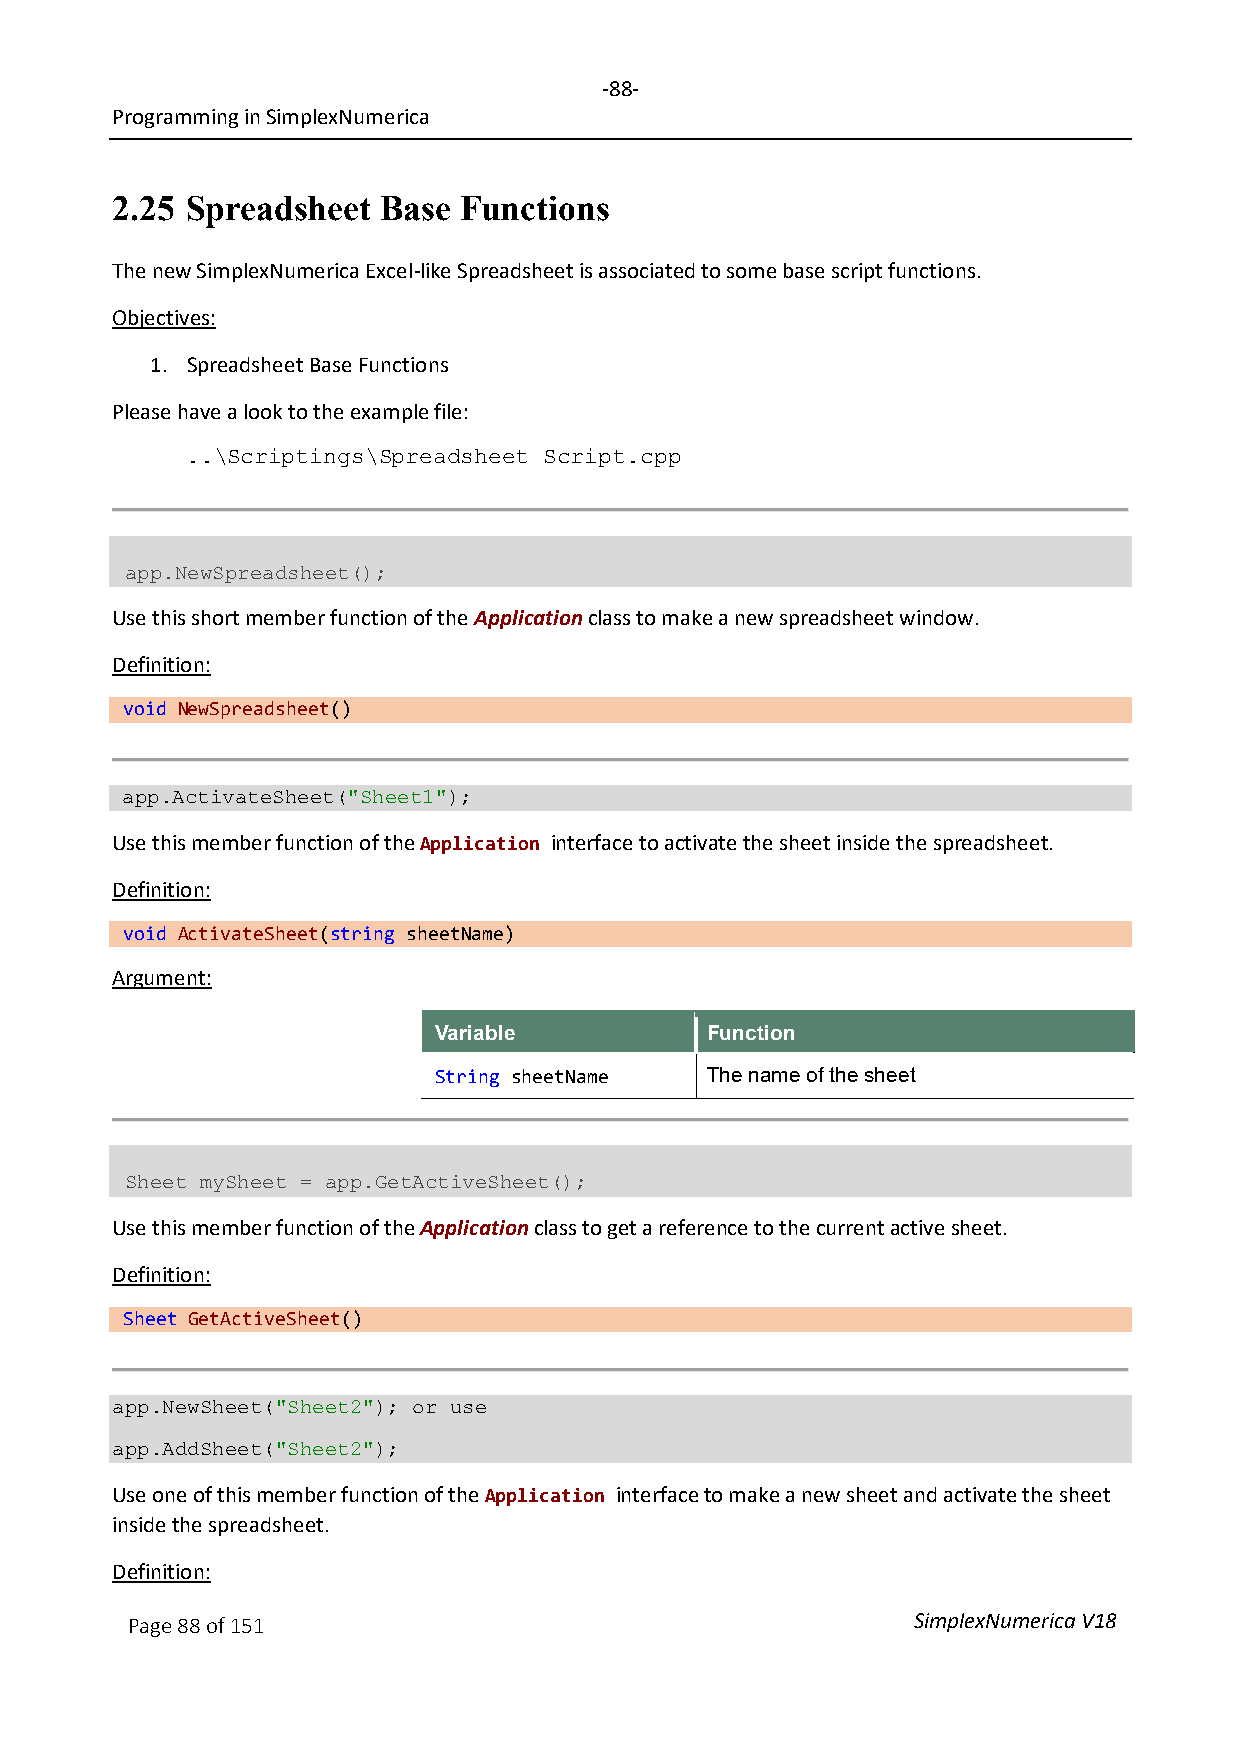
-88-
 Programming in SimplexNumerica
 2.25 Spreadsheet  Base Functions
 The new SimplexNumerica Excel-like Spreadsheet is associated to some base script functions.
 Objectives:
 1. Spreadsheet Base Functions
 Please have a look to the example file:
 ..\Scriptings\Spreadsheet Script.cpp
 app.NewSpreadsheet();
 Use this short member function of the Application class to make a new spreadsheet window.
 Definition:
 void NewSpreadsheet()
 app.ActivateSheet("Sheet1");
 Use this member function of the Application interface to activate the sheet inside the spreadsheet.
 Definition:
 void ActivateSheet(string sheetName)
 Argument:
 Variable          Function
 String sheetName  The name of the sheet
 Sheet mySheet = app.GetActiveSheet();
 Use this member function of the Application class to get a reference to the current active sheet.
 Definition:
 Sheet GetActiveSheet()
 app.NewSheet("Sheet2"); or use
 app.AddSheet("Sheet2");
 Use one of this member function of the Application interface to make a new sheet and activate the sheet
 inside the spreadsheet.
 Definition:
 Page 88 of 151                                      SimplexNumerica V18